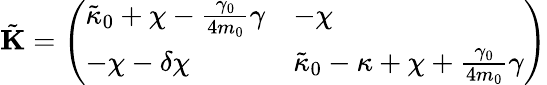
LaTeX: \tilde{\mathbf{K}}=\left(\begin{array}{ll}{\tilde{\kappa}_{0}+\chi-\frac{\gamma_{0}}{4m_{0}}\gamma}&{-\chi}\\ {-\chi-\delta\chi}&{\tilde{\kappa}_{0}-\kappa+\chi+\frac{\gamma_{0}}{4m_{0}}\gamma}\end{array}\right)